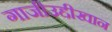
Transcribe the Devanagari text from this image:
गाजीउद्दीखान